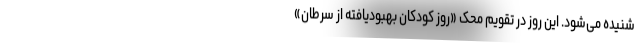
شنیده می‌شود. این روز در تقویم محک «روز کودکان بهبودیافته از سرطان»